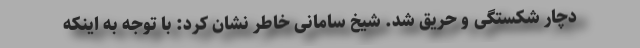
دچار شکستگی و حریق شد. شیخ سامانی خاطر نشان کرد: با توجه به اینکه